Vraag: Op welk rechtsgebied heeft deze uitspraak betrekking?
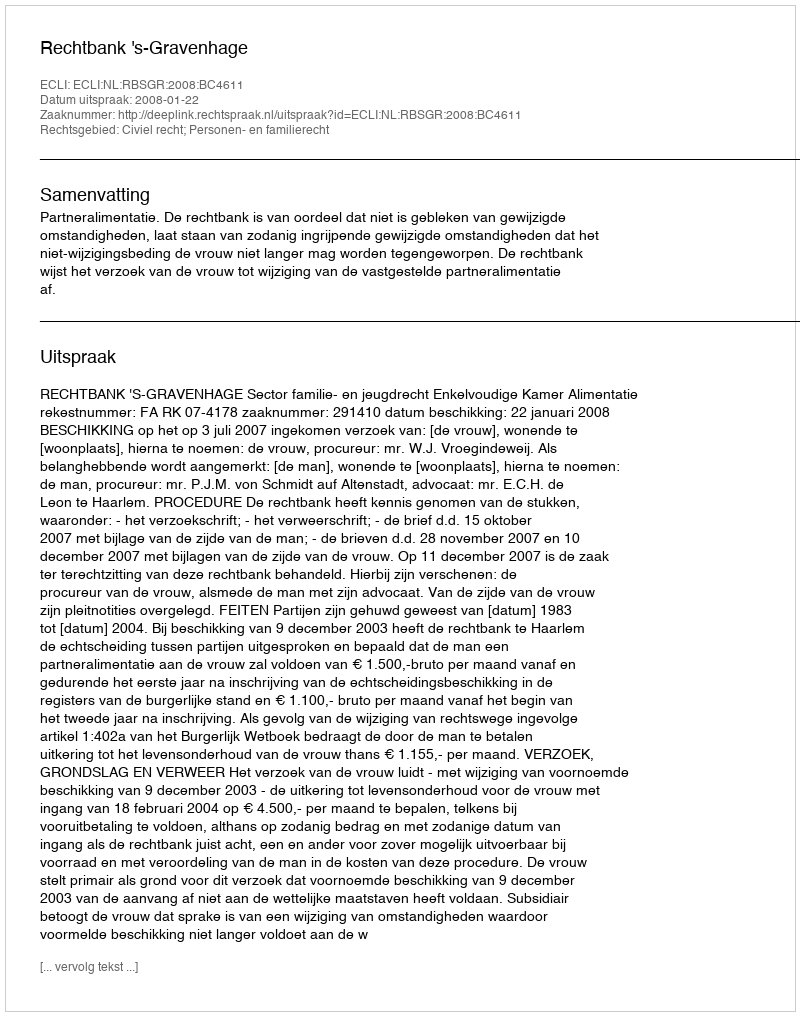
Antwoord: Civiel recht; Personen- en familierecht